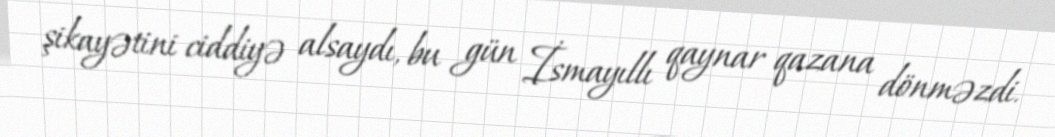
şikayətini ciddiyə alsaydı, bu gün İsmayıllı qaynar qazana dönməzdi.